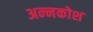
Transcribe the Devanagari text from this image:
अन्‍नकोश